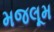
મજલૂમ